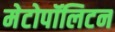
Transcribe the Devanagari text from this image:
मेटोपॉलिटन